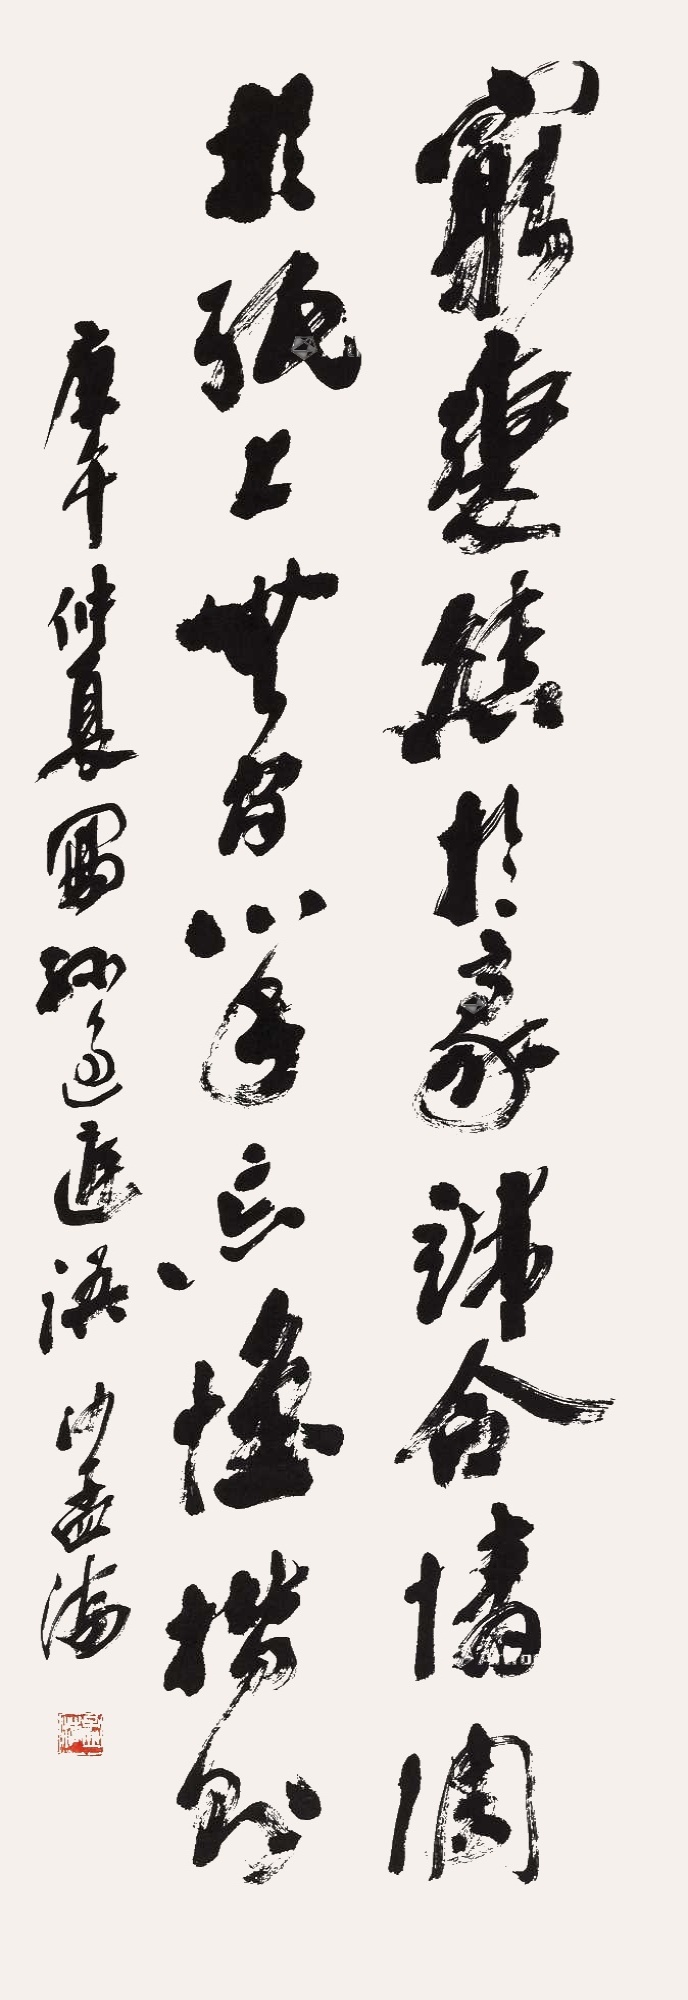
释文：穷变态于豪端，合情调于纸上，无间心手，忘怀楷则。庚午仲夏写孙过庭语，沙孟海。